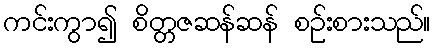
ကင်းကွာ၍ စိတ္တဇဆန်ဆန် စဉ်းစားသည်။